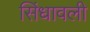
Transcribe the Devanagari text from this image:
सिंधावली